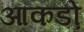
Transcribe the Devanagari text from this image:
आकडो़